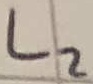
Text: L2